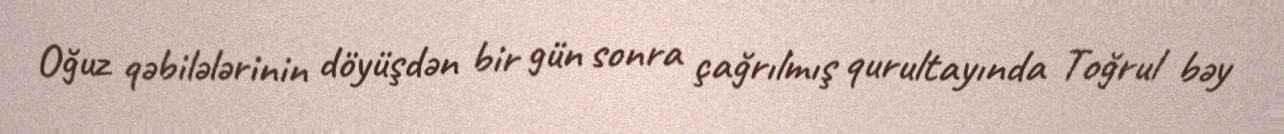
Oğuz qəbilələrinin döyüşdən bir gün sonra çağrılmış qurultayında Toğrul bəy